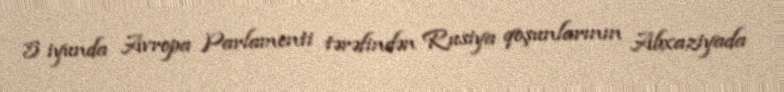
5 iyunda Avropa Parlamenti tərəfindən Rusiya qoşunlarının Abxaziyada